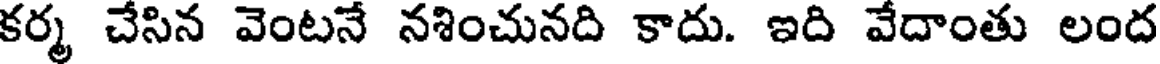
కర్మ చేసిన వెంటనే నశించునది కాదు. ఇది వేదాంతు లంద